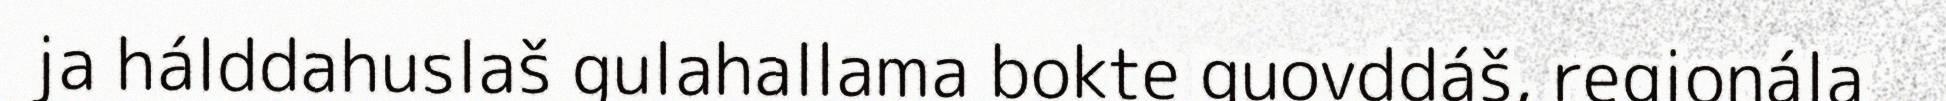
ja hálddahuslaš gulahallama bokte guovddáš, regionála